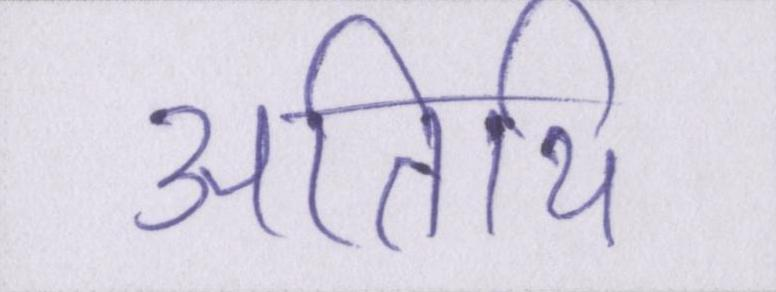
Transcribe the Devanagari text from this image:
अतिथि